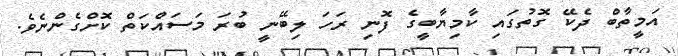
އަމީތާބް ދެކޭ ގޮތުގައި ކާމިޔާބީގެ ފޮނި ރަހަ ލިބޭނީ ބުރަ މަސައްކަތް ކޮށްގެންނެވެ.